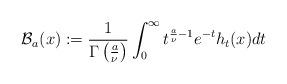
LaTeX: \begin{align*}\mathcal{B}_{a}(x):=\frac{1}{\Gamma\left(\frac{a}{\nu}\right)}\int_{0}^{\infty}t^{\frac{a}{\nu}-1}e^{-t}h_{t}(x)dt\end{align*}